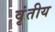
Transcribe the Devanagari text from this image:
वृंतीय